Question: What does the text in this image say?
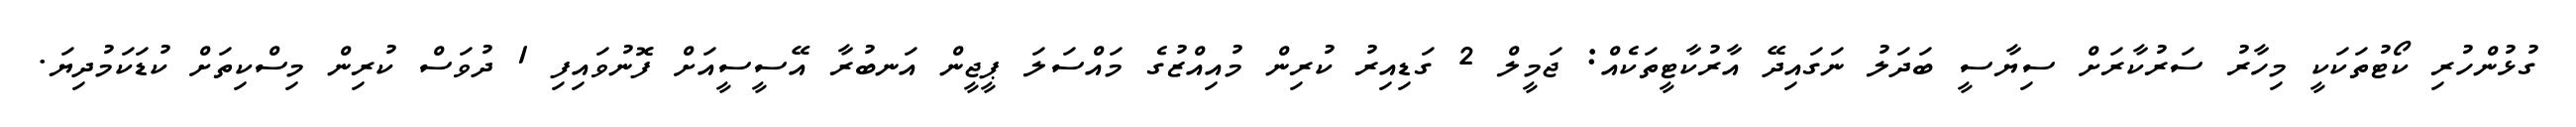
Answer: ގުޅުންހުރި ކޯޓުތަކަކީ މިހާރު ސަރުކާރަށް ސިޔާސީ ބަދަލު ނަގައިދޭ އާރުކާޓީތަކެއް: ޖަމީލް 2 ގަޑިއިރު ކުރިން މުއިއްޒުގެ މައްސަލަ ޕީޖީން އަނބުރާ އޭސީސީއަށް ފޮނުވައިފި 1 ދުވަސް ކުރިން މިސްކިތަށް ކުޑަކަމުދިޔަ.